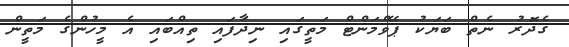
ގެދޮރު ނެތް ބަޔަކު ޕޭވްމަންޓް މަތީގައި ނިދާަފައި ތިއްބައި އެ މީހުންގެ މަތީން